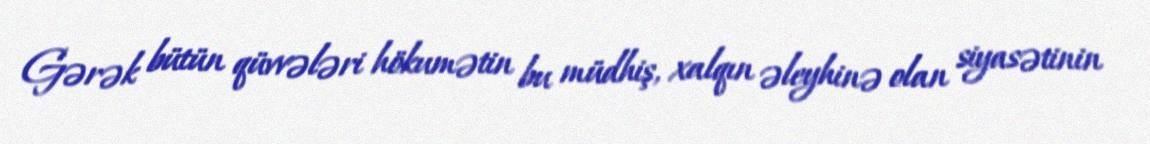
Gərək bütün qüvvələri hökumətin bu müdhiş, xalqın əleyhinə olan siyasətinin